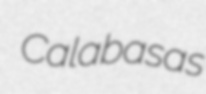
Calabasas